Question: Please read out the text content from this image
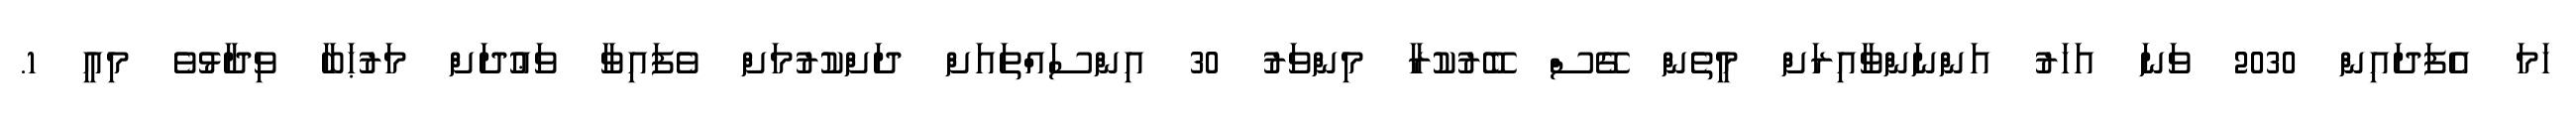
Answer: ހަމަ އެފަދައިން 2030 ވަނަ އަހަރު އަންނަންވާއިރަށް މީތެން ގޭސް ބޭރުކުރާ މިންވަރު 30 އިންސައްތައަށް ދަށްކުރުމަށް ވެފައިވާ ވަޢުދަށް މަރުޙަބާ ވިދާޅުވެ މިއީ 1.